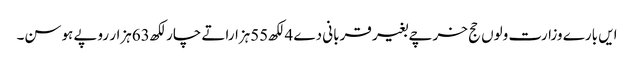
ایں بارے وزارت ولوں حج خرچے بغیر قربانی دے 4لکھ55ہزاراتے چار لکھ63ہزار روپے ہوسن۔